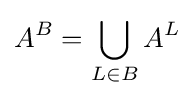
A^{B}=\bigcup _{L\in B}A^{L}